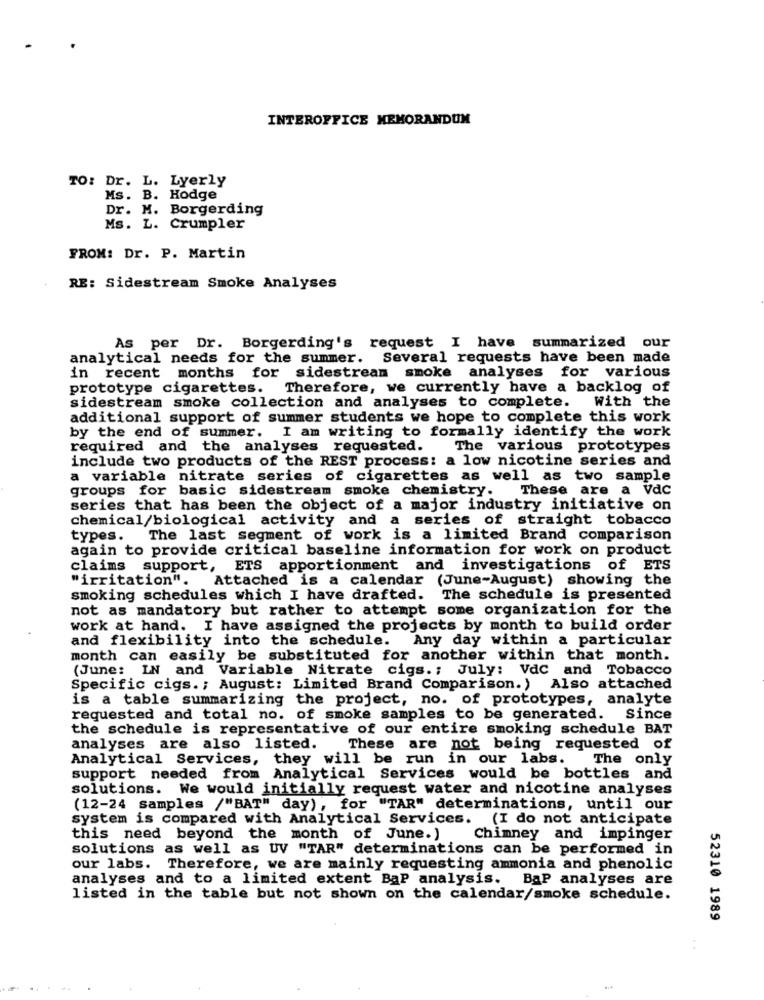
INTEROFFICE MEMORANDUM
TO: Dr. L. Lyerly
Ms. B. Hodge
Dr. M. Borgerding
Ms. L. Crumpler
FROM: Dr. P. Martin
RE: Sidestream Smoke Analyses
As per Dr. Borgerding's request I have summarized our
analytical needs for the summer. Several requests have been made
in recent months for sidestream smoke analyses for various
prototype cigarettes. Therefore, we currently have a backlog of
sidestream smoke collection and analyses to complete.
With the
additional support of summer students we hope to complete this work
by the end of summer. I am writing to formally identify the work
required and the analyses requested.
The various prototypes
include two products of the REST process: a low nicotine series and
a variable nitrate series of cigarettes as well as two sample
groups for basic sidestream smoke chemistry.
These are a Vdc
series that has been the object of a major industry initiative on
chemical/biological activity and a series of straight tobacco
types.
The last segment of work is a limited Brand comparison
again to provide critical baseline information for work on product
claims support, ETS apportionment and investigations of ETS
"irritation". Attached is a calendar (June-August) showing the
smoking schedules which I have drafted. The schedule is presented
not as mandatory but rather to attempt some organization for the
work at hand. I have assigned the projects by month to build order
and flexibility into the schedule. Any day within a particular
month can easily be substituted for another within that month.
(June: IN and Variable Nitrate cigs .; July: VdC and Tobacco
Specific cigs .; August: Limited Brand Comparison.) Also attached
is a table summarizing the project, no. of prototypes, analyte
requested and total no. of smoke samples to be generated. Since
the schedule is representative of our entire smoking schedule BAT
analyses are also listed.
These are not being requested of
Analytical Services, they will be run in our labs.
The only
support needed from Analytical Services would be bottles and
solutions. We would initially request water and nicotine analyses
(12-24 samples /"BAT" day), for "TAR" determinations, until our
system is compared with Analytical Services. (I do not anticipate
this need beyond the month of June.)
Chimney and impinger
solutions as well as UV "TAR" determinations can be performed in
our labs. Therefore, we are mainly requesting ammonia and phenolic
analyses and to a limited extent BaP analysis. BaP analyses are
listed in the table but not shown on the calendar/smoke schedule.
52310 1989
..